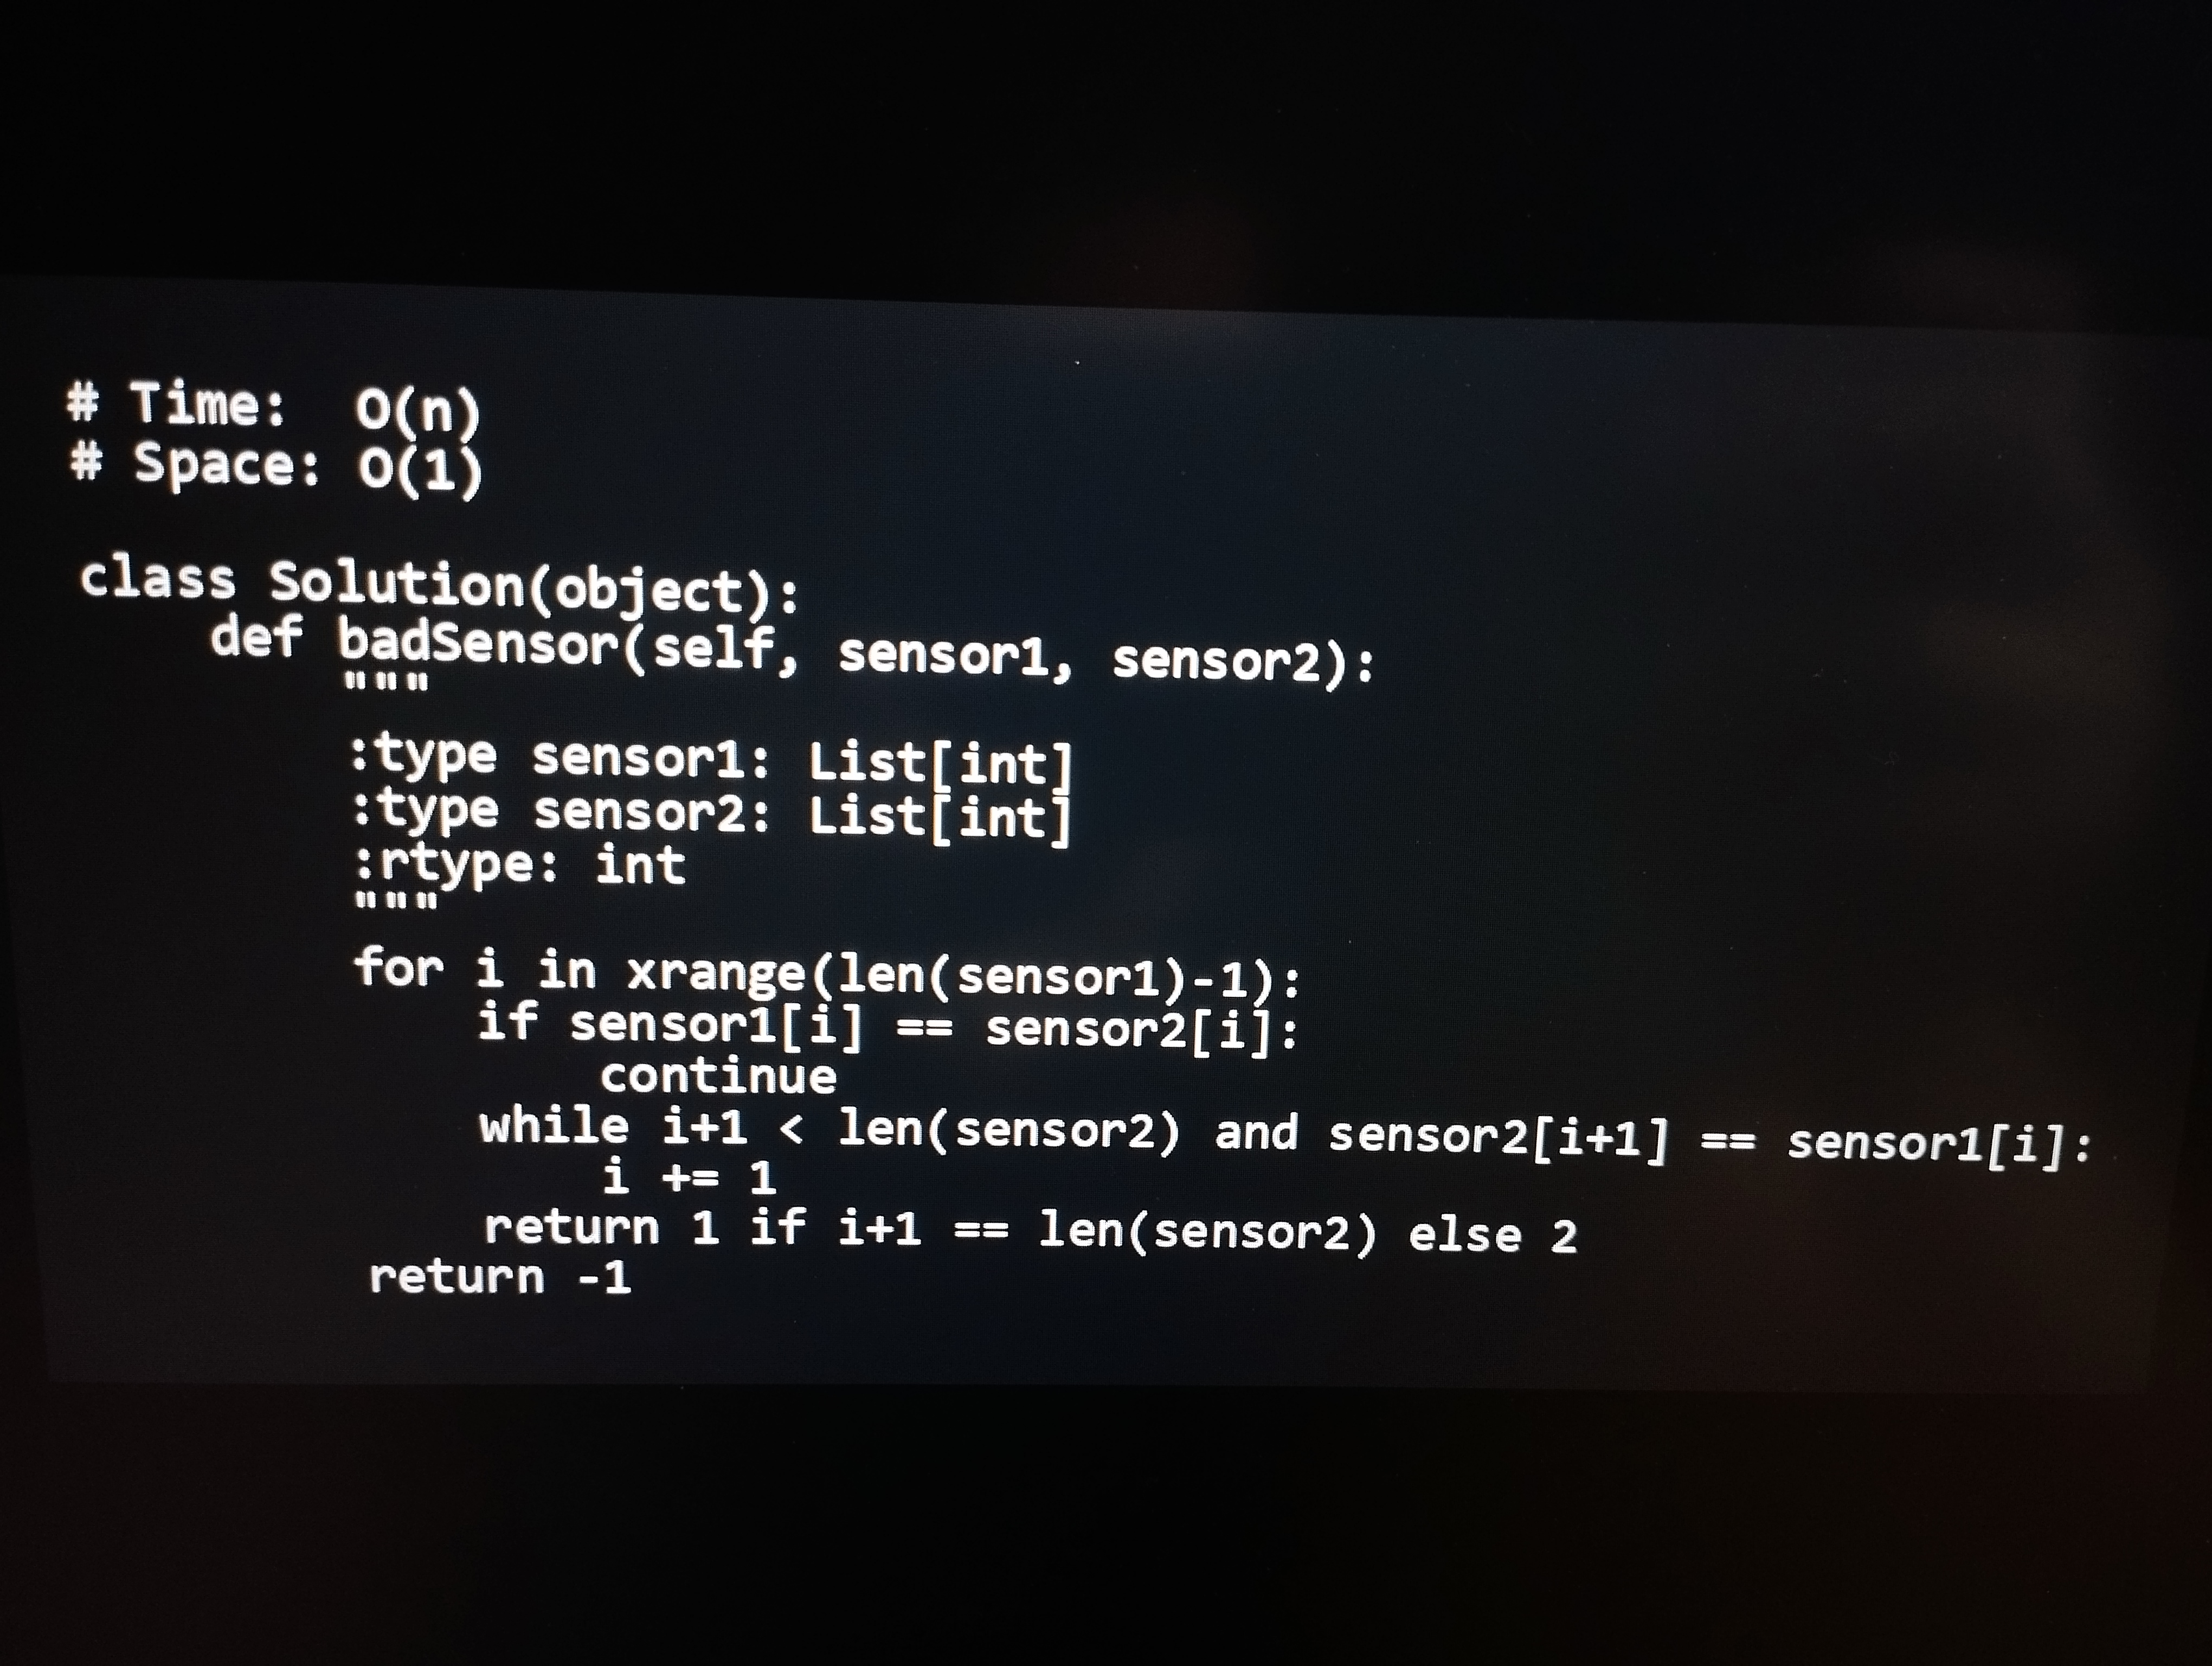
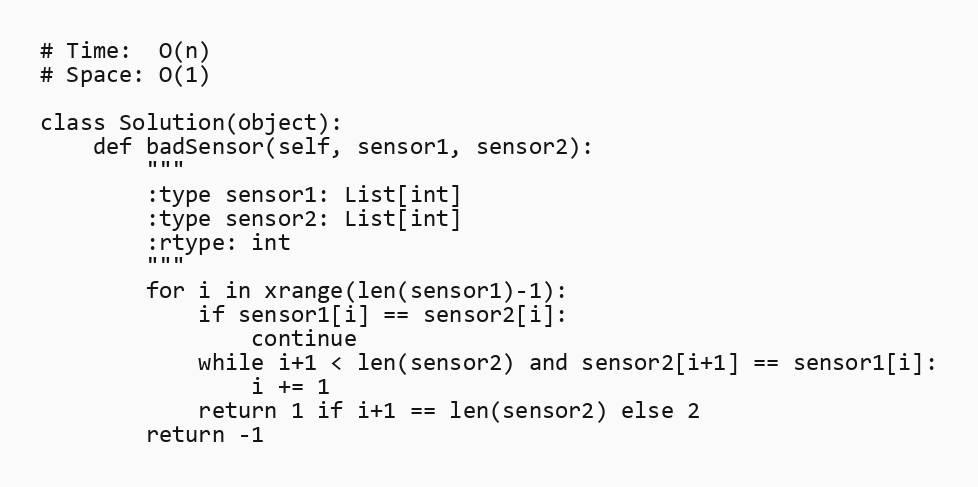
# Time:  O(n)
# Space: O(1)

class Solution(object):
    def badSensor(self, sensor1, sensor2):
        """
        :type sensor1: List[int]
        :type sensor2: List[int]
        :rtype: int
        """
        for i in xrange(len(sensor1)-1):
            if sensor1[i] == sensor2[i]:
                continue
            while i+1 < len(sensor2) and sensor2[i+1] == sensor1[i]:
                i += 1
            return 1 if i+1 == len(sensor2) else 2
        return -1